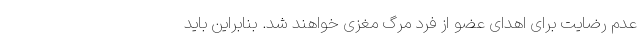
عدم رضایت برای اهدای عضو از فرد مرگ مغزی خواهند شد. بنابراین باید